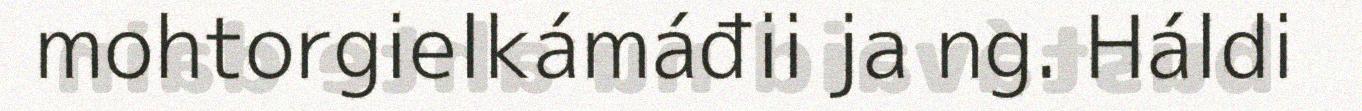
mohtorgielkámáđii ja ng. Háldi